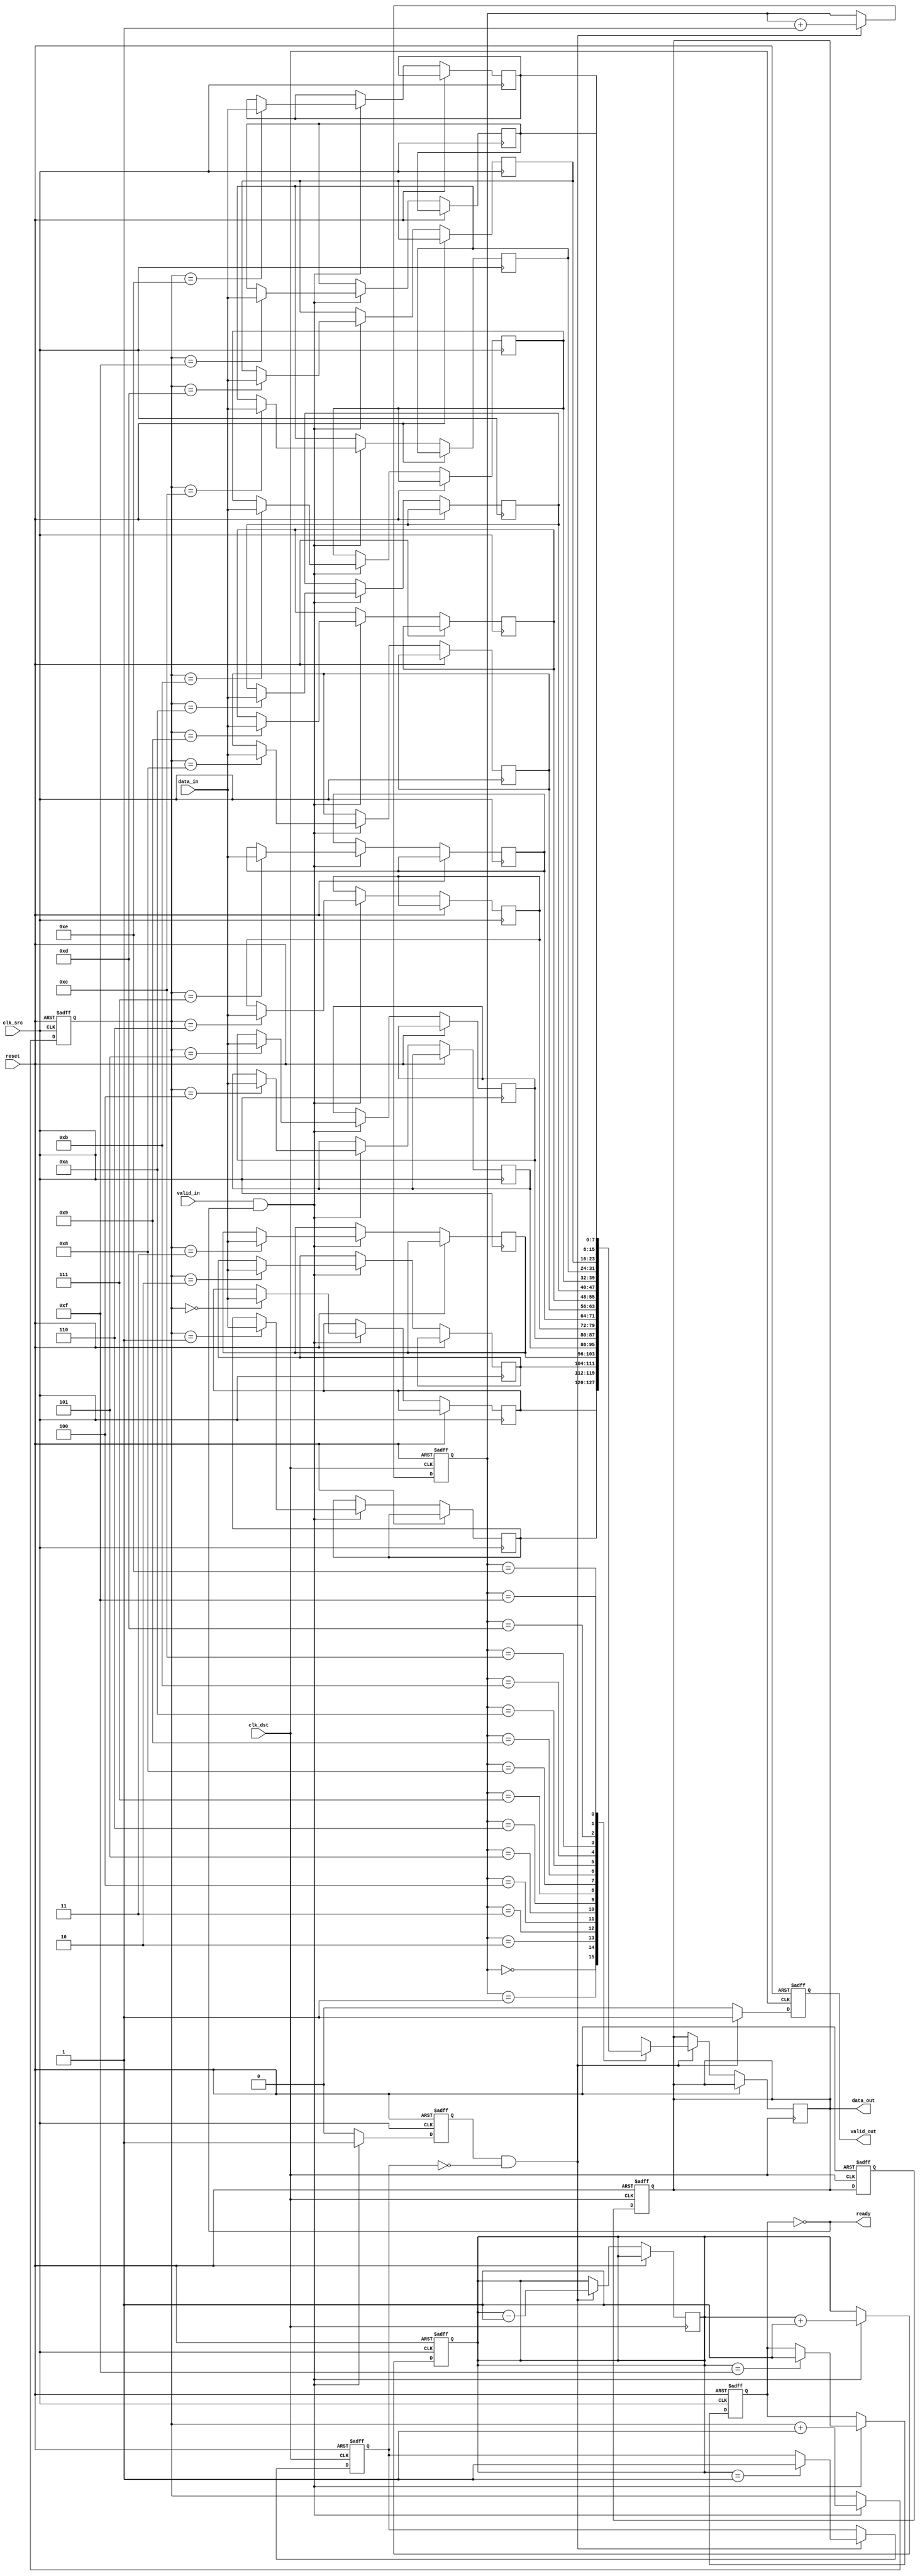
module MemoryBlocksPipelineSynchronizer #(
    parameter DATA_WIDTH = 8,
    parameter FIFO_DEPTH = 16
)(
    input wire clk_src,           // Source clock
    input wire clk_dst,           // Destination clock
    input wire reset,             // Asynchronous reset
    input wire [DATA_WIDTH-1:0] data_in, // Data input from source domain
    input wire valid_in,          // Valid signal for input data
    output wire [DATA_WIDTH-1:0] data_out, // Synchronized data output
    output wire valid_out,        // Valid signal for output data
    output wire ready             // Ready signal for input data
);

// FIFO memory structure
reg [DATA_WIDTH-1:0] fifo_mem [0:FIFO_DEPTH-1];
reg [clog2(FIFO_DEPTH)-1:0] wr_ptr, rd_ptr;
reg [clog2(FIFO_DEPTH):0] fifo_count; // Count of items in FIFO
reg fifo_full, fifo_empty;

// Synchronization registers
reg [DATA_WIDTH-1:0] sync_reg1, sync_reg2;

// Handshaking signals
reg handshaking_ready, handshaking_valid;

// Input Buffer Logic
always @(posedge clk_src or posedge reset) begin
    if (reset) begin
        wr_ptr <= 0;
        fifo_count <= 0;
        fifo_full <= 0;
    end else if (valid_in && !fifo_full) begin
        fifo_mem[wr_ptr] <= data_in;
        wr_ptr <= wr_ptr + 1;
        fifo_count <= fifo_count + 1;
        if (fifo_count == FIFO_DEPTH - 1)
            fifo_full <= 1;
    end
end

// FIFO Control Logic
always @(posedge clk_dst or posedge reset) begin
    if (reset) begin
        rd_ptr <= 0;
        fifo_empty <= 1;
        handshaking_valid <= 0;
    end else if (handshaking_ready && !fifo_empty) begin
        data_out <= fifo_mem[rd_ptr];
        rd_ptr <= rd_ptr + 1;
        fifo_count <= fifo_count - 1;
        if (fifo_count == 1)
            fifo_empty <= 1;
        handshaking_valid <= 1;
    end else begin
        handshaking_valid <= 0;
    end
end

// Synchronization Logic
always @(posedge clk_dst or posedge reset) begin
    if (reset) begin
        sync_reg1 <= 0;
        sync_reg2 <= 0;
    end else begin
        sync_reg1 <= data_out;
        sync_reg2 <= sync_reg1;
    end
end

// Output Logic
assign data_out = sync_reg2;
assign valid_out = handshaking_valid;
assign ready = !fifo_full;

// Handshaking Logic
always @(posedge clk_src or posedge reset) begin
    if (reset) begin
        handshaking_ready <= 1;
    end else if (valid_in && !fifo_full) begin
        handshaking_ready <= 1;
    end else begin
        handshaking_ready <= 0;
    end
end

// Function to calculate log2
function integer clog2;
    input integer value;
    begin
        clog2 = 0;
        while (2**clog2 < value) begin
            clog2 = clog2 + 1;
        end
    end
endfunction

endmodule